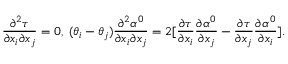
\frac { \partial ^ { 2 } \tau } { \partial x _ { i } \partial x _ { j } } = 0 , \; ( \theta _ { i } - \theta _ { j } ) \frac { \partial ^ { 2 } \alpha ^ { 0 } } { \partial x _ { i } \partial x _ { j } } = 2 [ \frac { \partial \tau } { \partial x _ { i } } \frac { \partial \alpha ^ { 0 } } { \partial x _ { j } } - \frac { \partial \tau } { \partial x _ { j } } \frac { \partial \alpha ^ { 0 } } { \partial x _ { i } } ] .